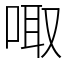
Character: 㖩